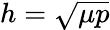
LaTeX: h={\sqrt{\mu p}}